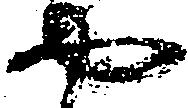
や